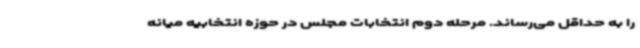
را به حداقل می‌رساند. مرحله دوم انتخابات مجلس در حوزه انتخابیه میانه